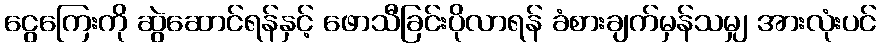
ငွေကြေးကို ဆွဲဆောင်ရန်နှင့် ဖောသီခြင်းပိုလာရန် ခံစားချက်မှန်သမျှ အားလုံးပင်